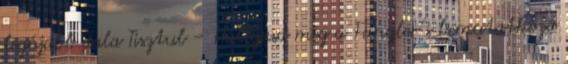
legújabb dala Tisztul – Hallgasd meg a Fangler’s bemutatkozó